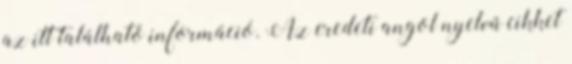
az itt található információ. Az eredeti angol nyelvű cikket